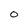
Character: O